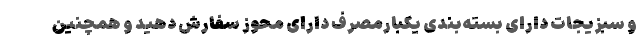
و سبزیجات دارای بسته‌بندی یکبارمصرف دارای محوز سفارش دهید و همچنین